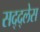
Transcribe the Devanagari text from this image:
सद्द्लेस